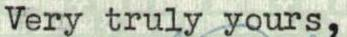
Very truly yours,